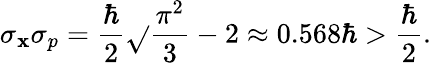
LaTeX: \sigma_{\mathbf{x}}\sigma_{p}={\frac{{\hbar}}{{2}}}{\sqrt{}{{{\frac{{\pi^{2}}}{{3}}}-2}}}\approx0.568\hbar>{\frac{{\hbar}}{{2}}}.